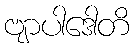
ဗျာပါဒေါတိ